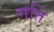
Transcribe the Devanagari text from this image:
गतिं